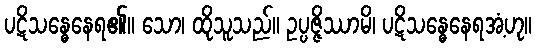
ပဋိသန္ဓေနေရ၏။ သော၊ ထိုသူသည်။ ဥပ္ပဇ္ဇိဿာမိ၊ ပဋိသန္ဓေနေရအံ့ဟု။